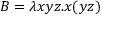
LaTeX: B = \lambda x y z . x ( y z )